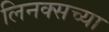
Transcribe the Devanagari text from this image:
लिनक्सच्या